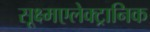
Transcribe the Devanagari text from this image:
सूक्ष्मएलेक्ट्रानिक